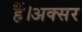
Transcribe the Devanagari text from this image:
हैं।अक्सर